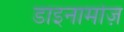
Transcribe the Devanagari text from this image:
डाइनामोज़